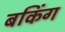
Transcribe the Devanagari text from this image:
बकिंग